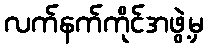
လက်နက်ကိုင်အဖွဲ့မှ